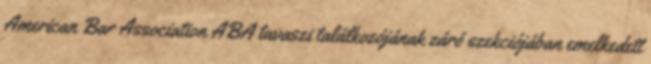
American Bar Association ABA tavaszi találkozójának záró szekciójában emelkedett